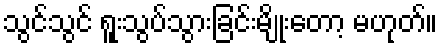
သွင်သွင် ရူးသွပ်သွားခြင်းမျိုးတော့ မဟုတ်။